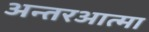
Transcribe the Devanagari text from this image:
अन्तरआत्मा